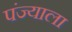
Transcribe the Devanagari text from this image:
पंज्याला